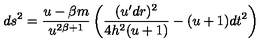
d s ^ { 2 } = \frac { u - \beta m } { u ^ { 2 \beta + 1 } } \left( \frac { ( u ^ { \prime } d r ) ^ { 2 } } { 4 h ^ { 2 } ( u + 1 ) } - ( u + 1 ) d t ^ { 2 } \right)